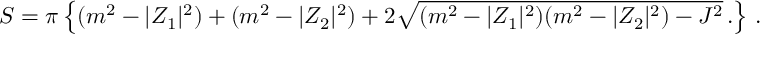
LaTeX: S = \pi \left\{ ( m ^ { 2 } - | { \cal Z } _ { 1 } | ^ { 2 } ) + ( m ^ { 2 } - | { \cal Z } _ { 2 } | ^ { 2 } ) + 2 \sqrt { ( m ^ { 2 } - | { \cal Z } _ { 1 } | ^ { 2 } ) ( m ^ { 2 } - | { \cal Z } _ { 2 } | ^ { 2 } ) - J ^ { 2 } } \, . \right\} \, .